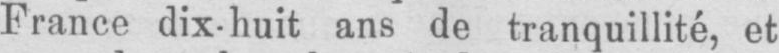
France dix-huit ans de tranquillité, et